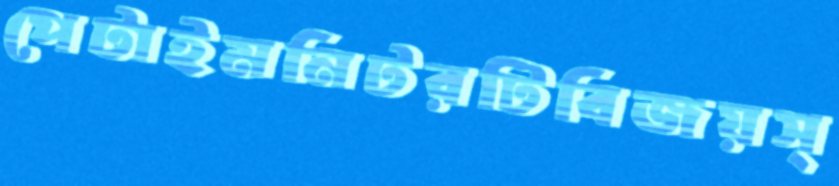
পেটাইমনিটরটিবিজয়স্